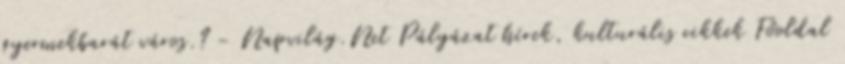
gyermekbarát város.? - Napvilág.Net Pályázat hírek, kulturális cikkek Főoldal